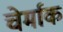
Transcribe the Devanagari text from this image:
चेर्माक